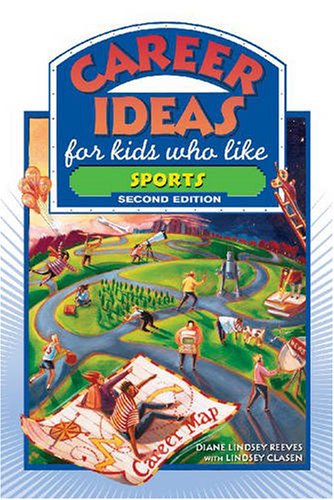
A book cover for Career Ideas for Kids Who Like Sports; Diane Lindsey Reeves; Teen & Young Adult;